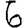
Digit: 6